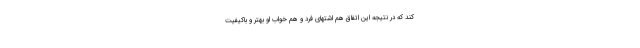
کند که در نتیجه این اتفاق هم اشتهای فرد و هم خواب او بهتر و باکیفیت